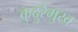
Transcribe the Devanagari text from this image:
कुदुरेमुख